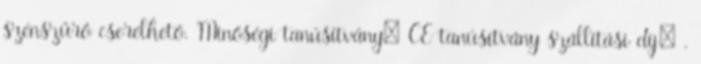
szénszűrő cserélhető. Minőségi tanúsítvány: CE tanúsítvány szállítási díj: .